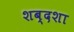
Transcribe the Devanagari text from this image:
शब्दशा